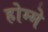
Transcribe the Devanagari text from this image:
होम्मे